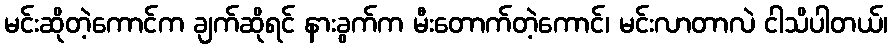
မင်းဆိုတဲ့ကောင်က ချက်ဆိုရင် နားခွက်က မီးတောက်တဲ့ကောင်၊ မင်းလာတာလဲ ငါသိပါတယ်၊